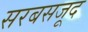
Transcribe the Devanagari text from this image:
सरबसजूद